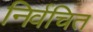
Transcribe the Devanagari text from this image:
निर्वचित